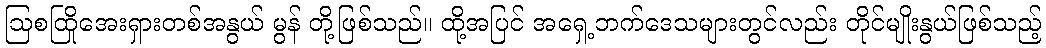
ဩစထြိုအေးရှားတစ်အနွယ် မွန် တို့ဖြစ်သည်။ ထို့အပြင် အရှေ့ဘက်ဒေသများတွင်လည်း တိုင်မျိုးနွယ်ဖြစ်သည့်